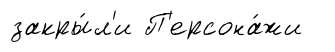
закры́л'и П'ерсона́жи